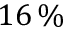
1 6 \, \%